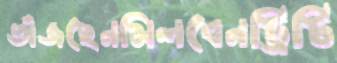
ভাঁজছেনমিলবেনট্রিটি